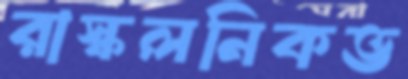
রাস্কলনিকভ